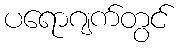
ပရောဂျက်တွင်